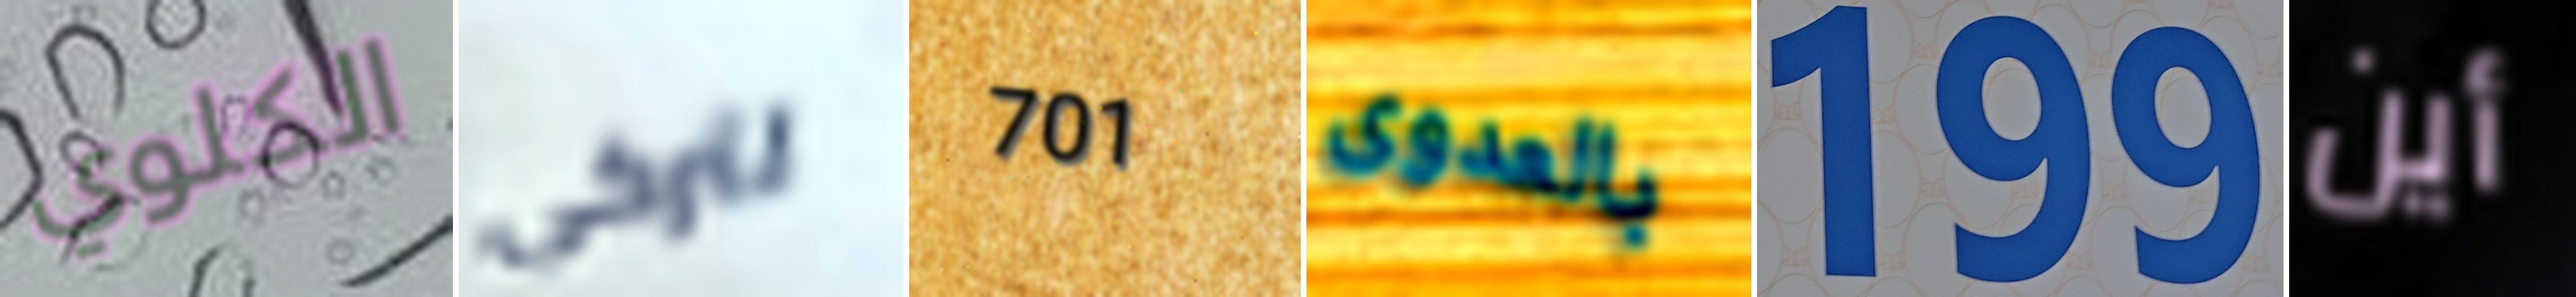
الكلوي لتركي 701 بالعدوى 199 أين